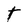
Character: T